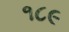
૧૮૯